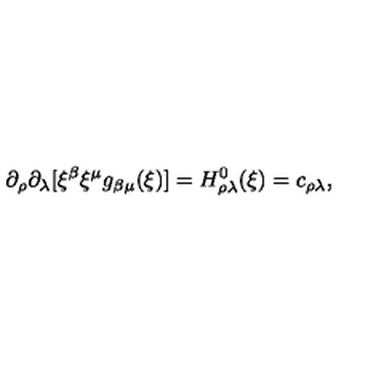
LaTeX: \partial _ { \rho } \partial _ { \lambda } [ \xi ^ { \beta } \xi ^ { \mu } g _ { \beta \mu } ( \xi ) ] = H _ { \rho \lambda } ^ { 0 } ( \xi ) = c _ { \rho \lambda } ,